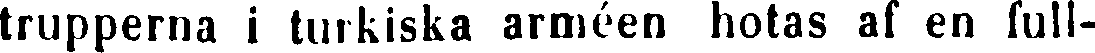
trupperna i turkiska arméen hotas al en full-